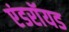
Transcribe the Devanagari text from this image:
एंडराॅयड